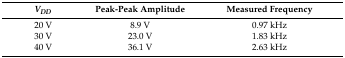
<table><thead><tr><td><b><i>V<sub>DD</sub></i></b></td><td><b>Peak-Peak Amplitude</b></td><td><b>Measured Frequency</b></td></tr></thead><tbody><tr><td>20 V</td><td>8.9 V</td><td>0.97 kHz</td></tr><tr><td>30 V</td><td>23.0 V</td><td>1.83 kHz</td></tr><tr><td>40 V</td><td>36.1 V</td><td>2.63 kHz</td></tr></tbody></table>